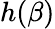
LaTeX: h(\beta)